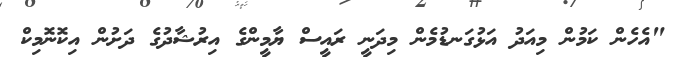
"އެހެން ކަމުން މިއަދު އަޅުގަނޑުމެން މިދަނީ ރައީސް ޔާމީންގެ އިރުޝާދުގެ ދަށުން އިކޮނޮމިކް